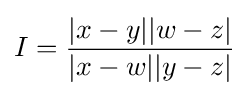
I={\frac {|x-y||w-z|}{|x-w||y-z|}}